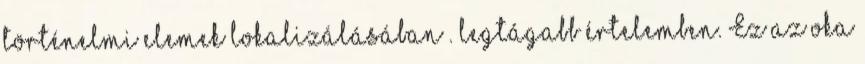
történelmi elemek lokalizálásában . legtágabb értelemben. Ez az oka